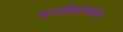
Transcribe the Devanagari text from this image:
घननीलाम्बराय